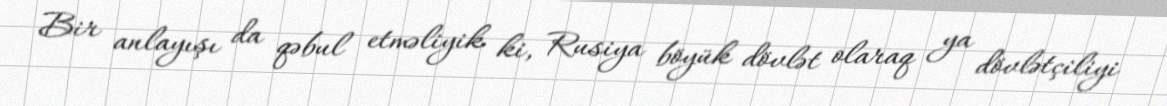
Bir anlayışı da qəbul etməliyik ki, Rusiya böyük dövlət olaraq ya dövlətçiliyi